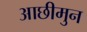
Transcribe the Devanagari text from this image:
आछीमुन